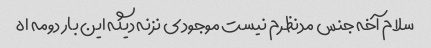
سلام آخه جنس مدنظرم نیست موجودی نزنه دیگه این بار دومه اه